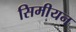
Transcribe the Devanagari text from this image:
सिमीयन